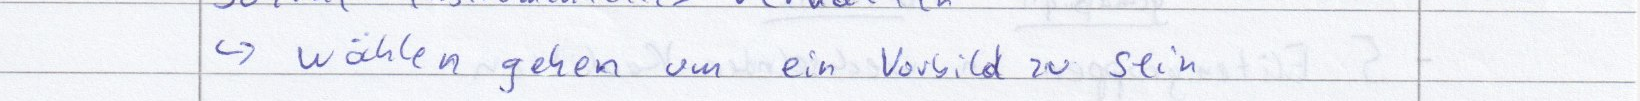
-> wählen gehen um ein Vorbild zu sein